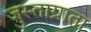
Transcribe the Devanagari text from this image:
जुस्ताग्राता